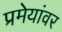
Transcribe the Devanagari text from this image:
प्रमेयांवर